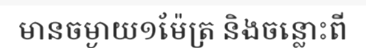
មានចម្ងាយ១ម៉ែត្រ និងចន្លោះពី